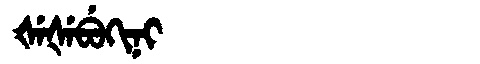
Manchu: ᡧᡝᡧᡝᠪᡠᡴᡳᠨᡳ
Romanization: ŠEŠEBUKINI